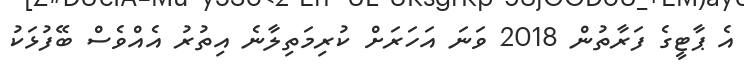
އެ ޕާޓީގެ ފަރާތުން 2018 ވަނަ އަހަރަށް ކުރިމަތިލާނެ އިތުރު އެއްވެސް ބޭފުޅަކު